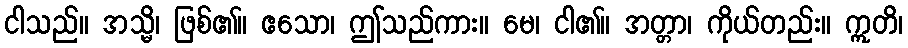
ငါသည်။ အသ္မိ၊ ဖြစ်၏။ ဧသော၊ ဤသည်ကား။ မေ၊ ငါ၏။ အတ္တာ၊ ကိုယ်တည်း။ ဣတိ၊